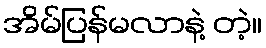
အိမ်ပြန်မလာနဲ့ တဲ့။